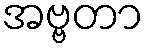
အဗ္ဗတာ